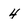
Character: 4